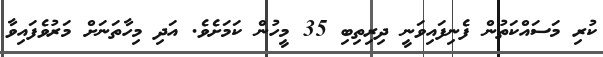
ކުރި މަސައްކަތުން ފެނިފައިވަނީ ދިރިތިބި 35 މީހުން ކަމަށެވެ. އަދި މިހާތަނަށް މަރުވެފައިވާ